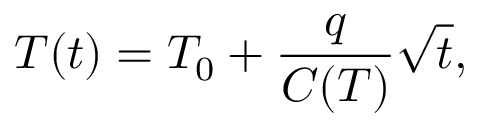
T ( t ) = T _ { 0 } + \frac { q } { C ( T ) } \sqrt { t } ,